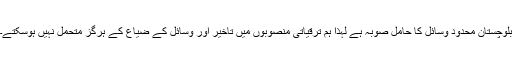
بلوچستان محدود وسائل کا حامل صوبہ ہے لہٰذا ہم ترقیاتی منصوبوں میں تاخیر اور وسائل کے ضیاع کے ہرگز متحمل نہیں ہوسکتے۔